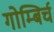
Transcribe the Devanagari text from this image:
गोम्बिर्च